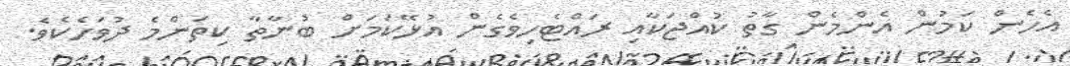
އެހެން ކަމުން އެންމެން ގާތު ކުއްޖަކާއި ރައްޓެހިވެގެން އުޅޭކަމަށް ބުނާތާ ކިތަންމެ ދުވަހެކެވެ.